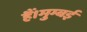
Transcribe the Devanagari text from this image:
हैं।मुम्बई